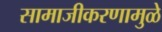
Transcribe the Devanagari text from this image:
सामाजीकरणामुळे